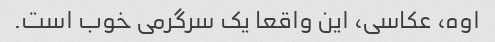
اوه، عکاسی، این واقعا یک سرگرمی خوب است.